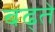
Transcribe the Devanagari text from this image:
बढ्ते